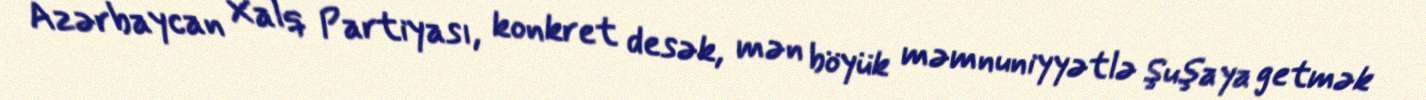
Azərbaycan Xalq Partiyası, konkret desək, mən böyük məmnuniyyətlə Şuşaya getmək